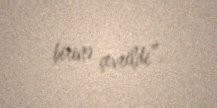
birinə çevrildi”.